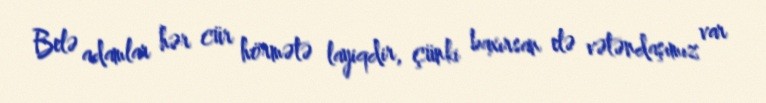
Belə adamlar hər cür hörmətə layiqdir, çünki baxırsan elə vətəndaşımız var